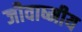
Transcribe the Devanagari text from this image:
जीवाष्मीय